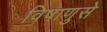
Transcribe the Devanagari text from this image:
विषाणुसे